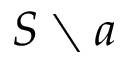
S \setminus a